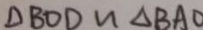
\Delta B O D \sim \Delta B A C